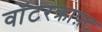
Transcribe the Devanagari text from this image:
वॉटरक्राफ़्ट